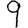
Digit: 9